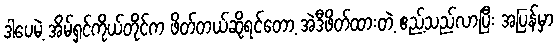
ဒါပေမဲ့ အိမ်ရှင်ကိုယ်တိုင်က ဖိတ်တယ်ဆိုရင်တော့ အဲဒီဖိတ်ထားတဲ့ ဧည့်သည်လာပြီး အပြန်မှာ